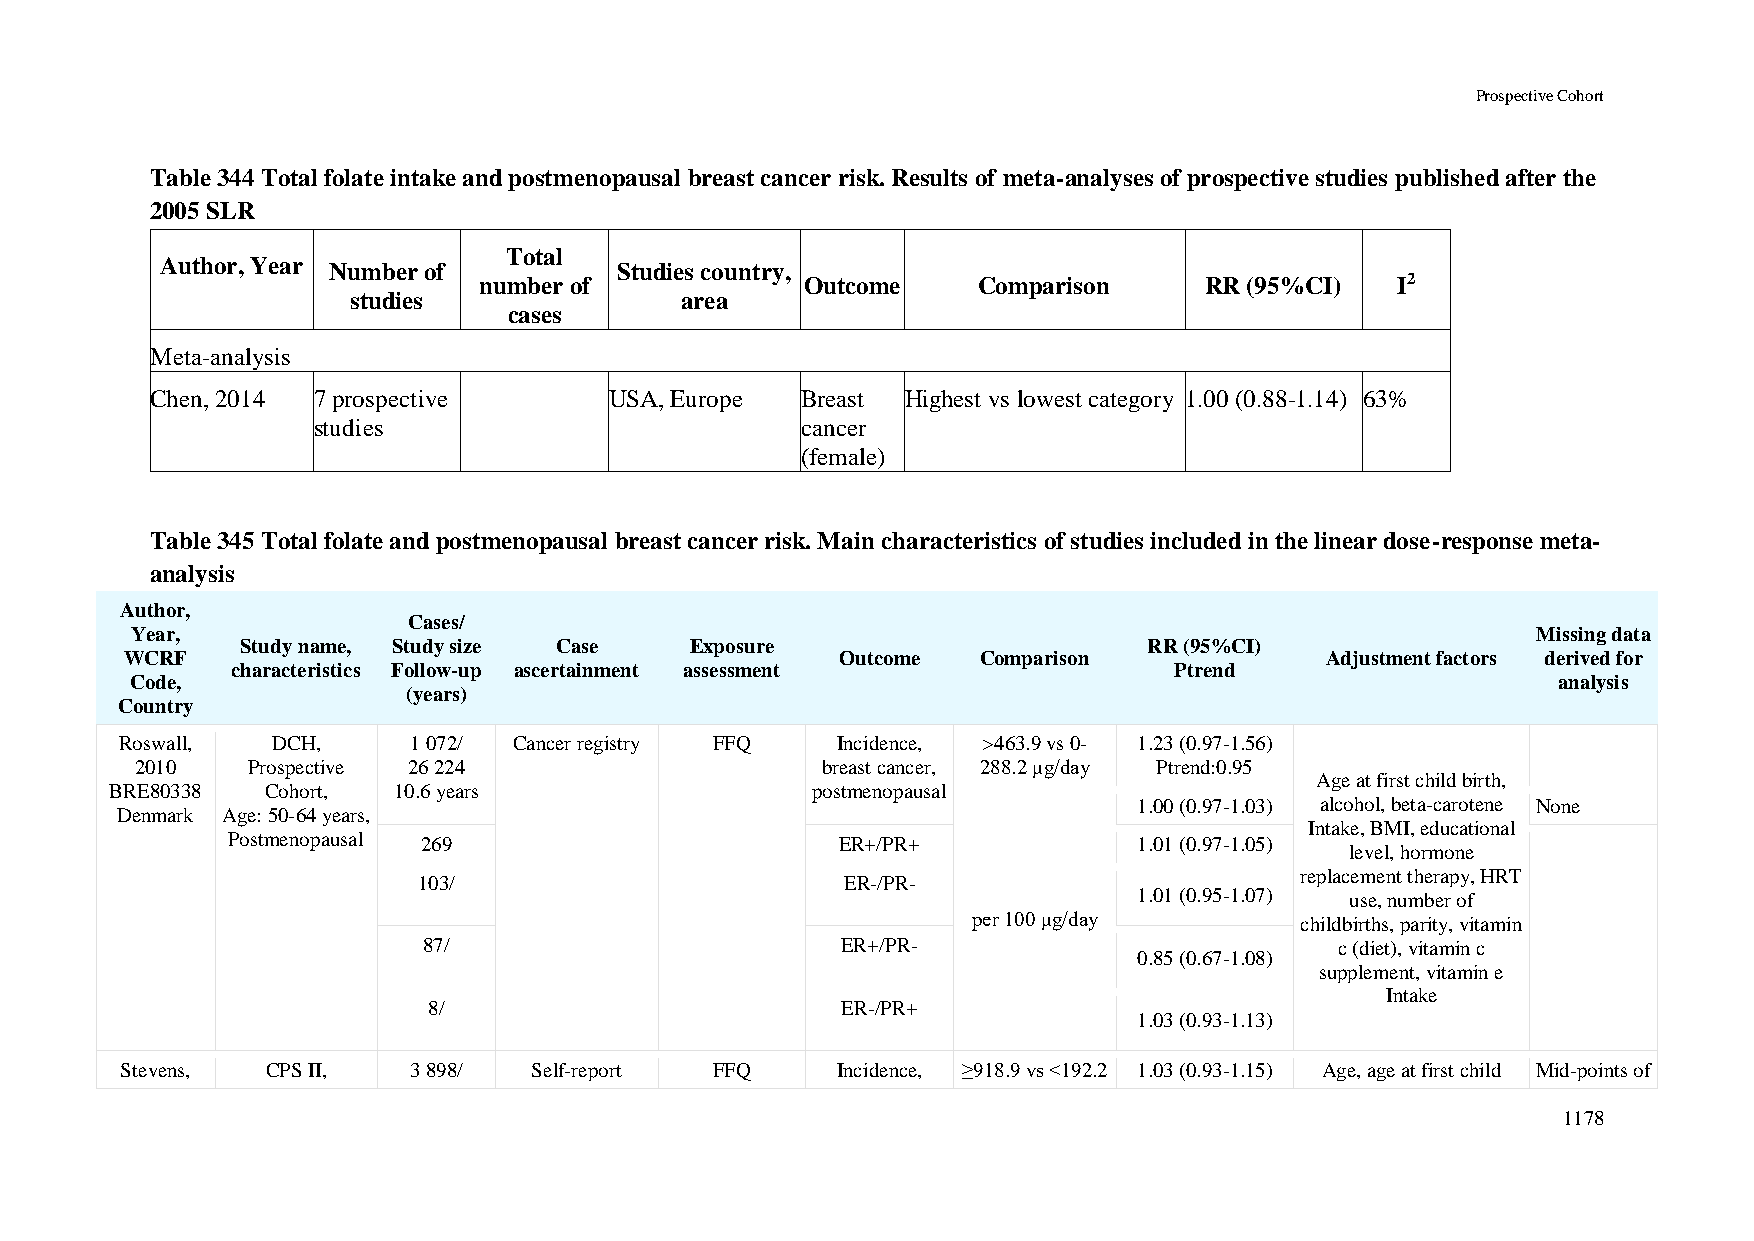
Prospective Cohort
 Table 344 Total folate intake and postmenopausal breast cancer risk. Results of meta-analyses of prospective studies published after the
 2005 SLR
 Total
 Author, Year Number of        Studies country,
 number of            Outcome     Comparison     RR (95%CI)  I2
 studies               area
 cases
 Meta-analysis
 Chen, 2014 7 prospective      USA, Europe  Breast Highest vs lowest category 1.00 (0.88-1.14) 63%
 studies                         cancer
 (female)
 Table 345 Total folate and postmenopausal breast cancer risk. Main characteristics of studies included in the linear dose-response meta-
 analysis
 Author,
 Cases/
 Year,                                                                                        Missing data
 Study name, Study size Case   Exposure                      RR (95%CI)
 WCRF                                            Outcome  Comparison             Adjustment factors derived for
 characteristics Follow-up ascertainment assessment             Ptrend
 Code,                                                                                         analysis
 (years)
 Country
 Roswall,  DCH,     1 072/ Cancer registry FFQ  Incidence, >463.9 vs 0- 1.23 (0.97-1.56)
 2010   Prospective 26 224                    breast cancer, 288.2 μg/day Ptrend:0.95
 Age at first child birth,
 BRE80338   Cohort, 10.6 years                  postmenopausal
 1.00 (0.97-1.03) alcohol, beta-carotene None
 Denmark Age: 50-64 years,
 Intake, BMI, educational
 Postmenopausal 269                       ER+/PR+            1.01 (0.97-1.05)
 level, hormone
 replacement therapy, HRT
 103/                        ER-/PR-
 1.01 (0.95-1.07) use, number of
 per 100 μg/day        childbirths, parity, vitamin
 87/                         ER+/PR-                          c (diet), vitamin c
 0.85 (0.67-1.08)
 supplement, vitamin e
 Intake
 8/                          ER-/PR+
 1.03 (0.93-1.13)
 Stevens,  CPS II,  3 898/  Self-report FFQ     Incidence, ≥918.9 vs <192.2 1.03 (0.93-1.15) Age, age at first child Mid-points of
 1178